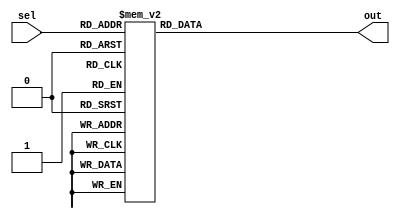
module select(input[2:0] sel, output reg [10:0] out);
	always@(*)
	begin
		case(sel)
		3'd0: out = 11'b10111000000;
		3'd1: out = 11'b11101010100;
		3'd2: out = 11'b11101011101;
		3'd3: out = 11'b11101010000;
		3'd4: out = 11'b10000000000;
		3'd5: out = 11'b10101110100;
		3'd6: out = 11'b11101110100;
		3'd7: out = 11'b10101010000;
		default: out = 11'b0;
		endcase
	end
endmodule